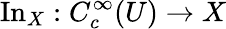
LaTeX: \operatorname{In}_{X}:C_{c}^{\infty}(U)\to X